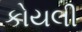
કોયલી